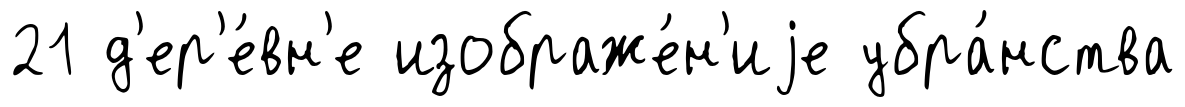
21 д'ер'е́вн'е изображе́н'иjе убра́нства